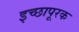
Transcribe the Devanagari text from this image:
इच्छापूरक